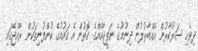
ދިވެހި ސަރުކާރުން އެއްބާރުލުން ދިނުމުގެ ނަތީޖާއެއްގެ ގޮތުން އެ ގައުމުގެ ކުންފުނިތަކުން ރާއްޖޭގައި